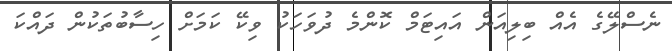
ނެސްލޭގެ އެއް ބިލިއަން އައިޓަމް ކޮންމެ ދުވަހަކު ވިކޭ ކަމަށް ހިސާބުތަކުން ދައްކަ